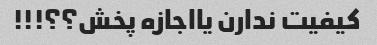
کیفیت ندارن یااجازه پخش؟؟!!!